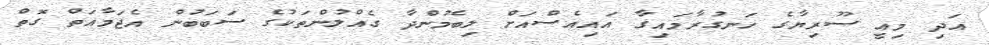
އަދި މިއީ ސޫރިޔާގެ ހަނގުރާމައިގާ އައިއެސްއަށް ލިބެމުންދާ ގެއްލުންތަކުގެ ސަބަބުން އެޖަމާއަތް ގޮތް